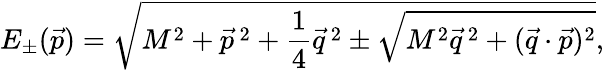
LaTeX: E_{\pm}(\vec{p})=\sqrt{M^{2}+\vec{p}\, ^{2}+\frac{1}{4}\vec{q}\, ^{2}\pm\sqrt{M^{2}\vec{q}\, ^{2}+(\vec{q}\cdot\vec{p})^{2}}},